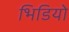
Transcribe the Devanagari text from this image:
भिडियो